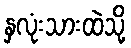
နှလုံးသားထဲသို့